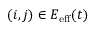
( i , j ) \in E _ { \mathrm { e f f } } ( t )